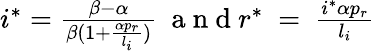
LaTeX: \begin{array}{r}{i^{*}=\frac{\beta-\alpha}{\beta(1+\frac{\alpha p_{r}}{l_{i}})}\ \mathrm{~a~n~d~}r^{*}\ =\ \frac{i^{*}\alpha p_{r}}{l_{i}}}\end{array}